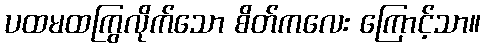
ပထမထကြွလိုက်သော စိတ်ကလေး ကြောင့်သာ။